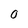
Character: O